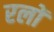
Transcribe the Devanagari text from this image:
रलों